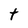
Character: t